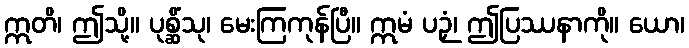
ဣတိ၊ ဤသို့။ ပုစ္ဆိံသု၊ မေးကြကုန်ပြီ။ ဣမံ ပဉှံ၊ ဤပြဿနာကို။ ယော၊